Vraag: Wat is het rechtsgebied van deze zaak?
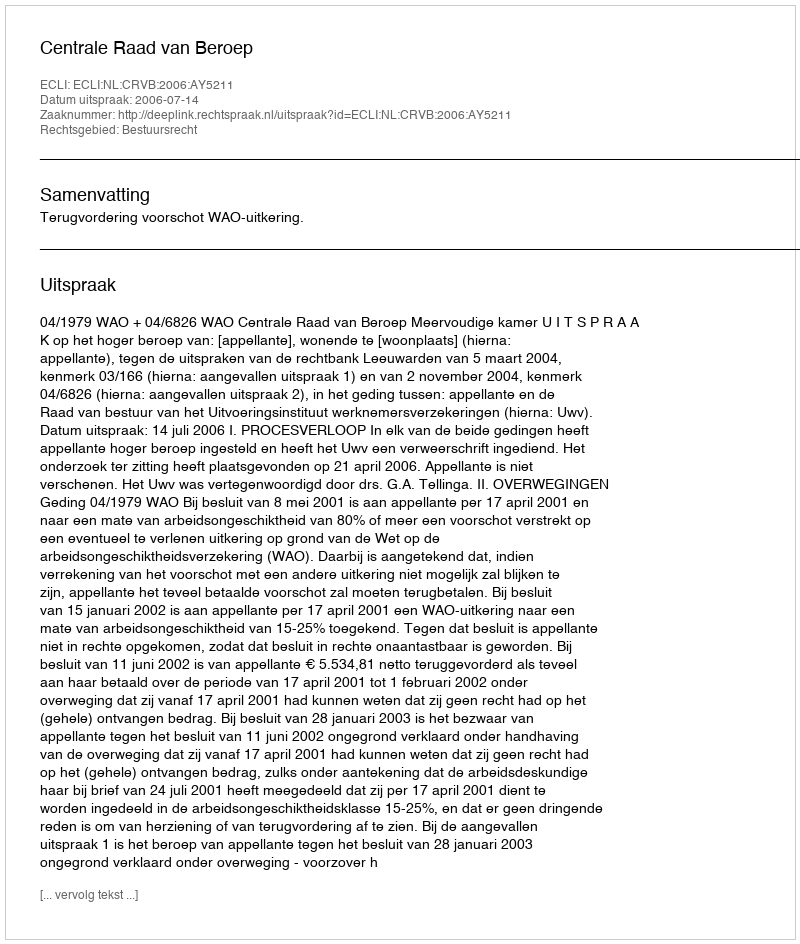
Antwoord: Bestuursrecht